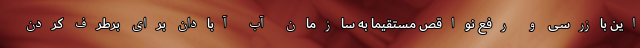
این بازرسی و رفع نواقص مستقیماً به سازمان آب آبادان برای برطرف کردن